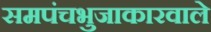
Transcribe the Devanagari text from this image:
समपंचभुजाकारवाले